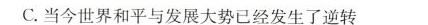
C.当今世界和平与发展大势已经发生了逆转